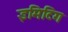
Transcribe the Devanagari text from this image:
इमिटिंग